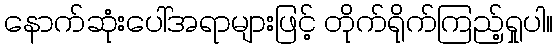
နောက်ဆုံးပေါ်အရာများဖြင့် တိုက်ရိုက်ကြည့်ရှုပါ။